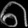
Digit: ၈